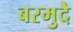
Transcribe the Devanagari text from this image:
बरमुदै